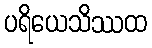
ပရိယေသိဿထ